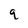
Character: 9